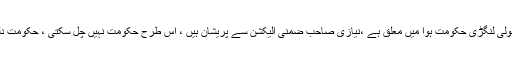
انہوں نے کہا کہ لولی لنگڑی حکومت ہوا میں معلق ہے ،نیازی صاحب ضمنی الیکشن سے پریشان ہیں ، اس طرح حکومت نہیں چل سکتی ، حکومت دلوں میں ہوتی ہے۔